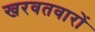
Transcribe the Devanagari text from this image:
खरवतवारों